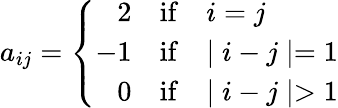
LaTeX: a_{ij}=\left\{ \begin{array}{rll}{{2}}&{{\mathrm{if}}}&{{i=j}}\\ {{-1}}&{{\mathrm{if}}}&{{\mid i-j\mid=1}}\\ {{0}}&{{\mathrm{if}}}&{{\mid i-j\mid>1}}\end{array}\right.